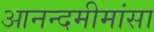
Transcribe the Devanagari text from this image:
आनन्दमीमांसा